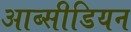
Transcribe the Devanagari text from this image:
आब्सीडियन